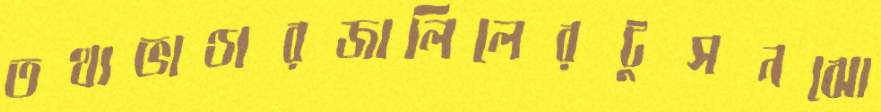
তথ্যভাণ্ডারজালিলেরটুসনঝো